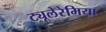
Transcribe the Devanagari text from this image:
ट्यूलेरेमिया